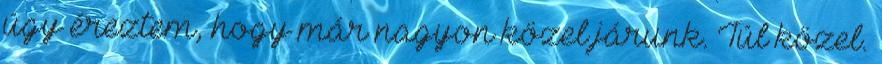
úgy éreztem, hogy már nagyon közel járunk. Túl közel.